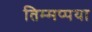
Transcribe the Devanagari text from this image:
तिम्मप्पया